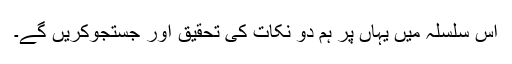
اس سلسلہ میں یہاں پر ہم دو نکات کی تحقیق اور جستجوکریں گے۔